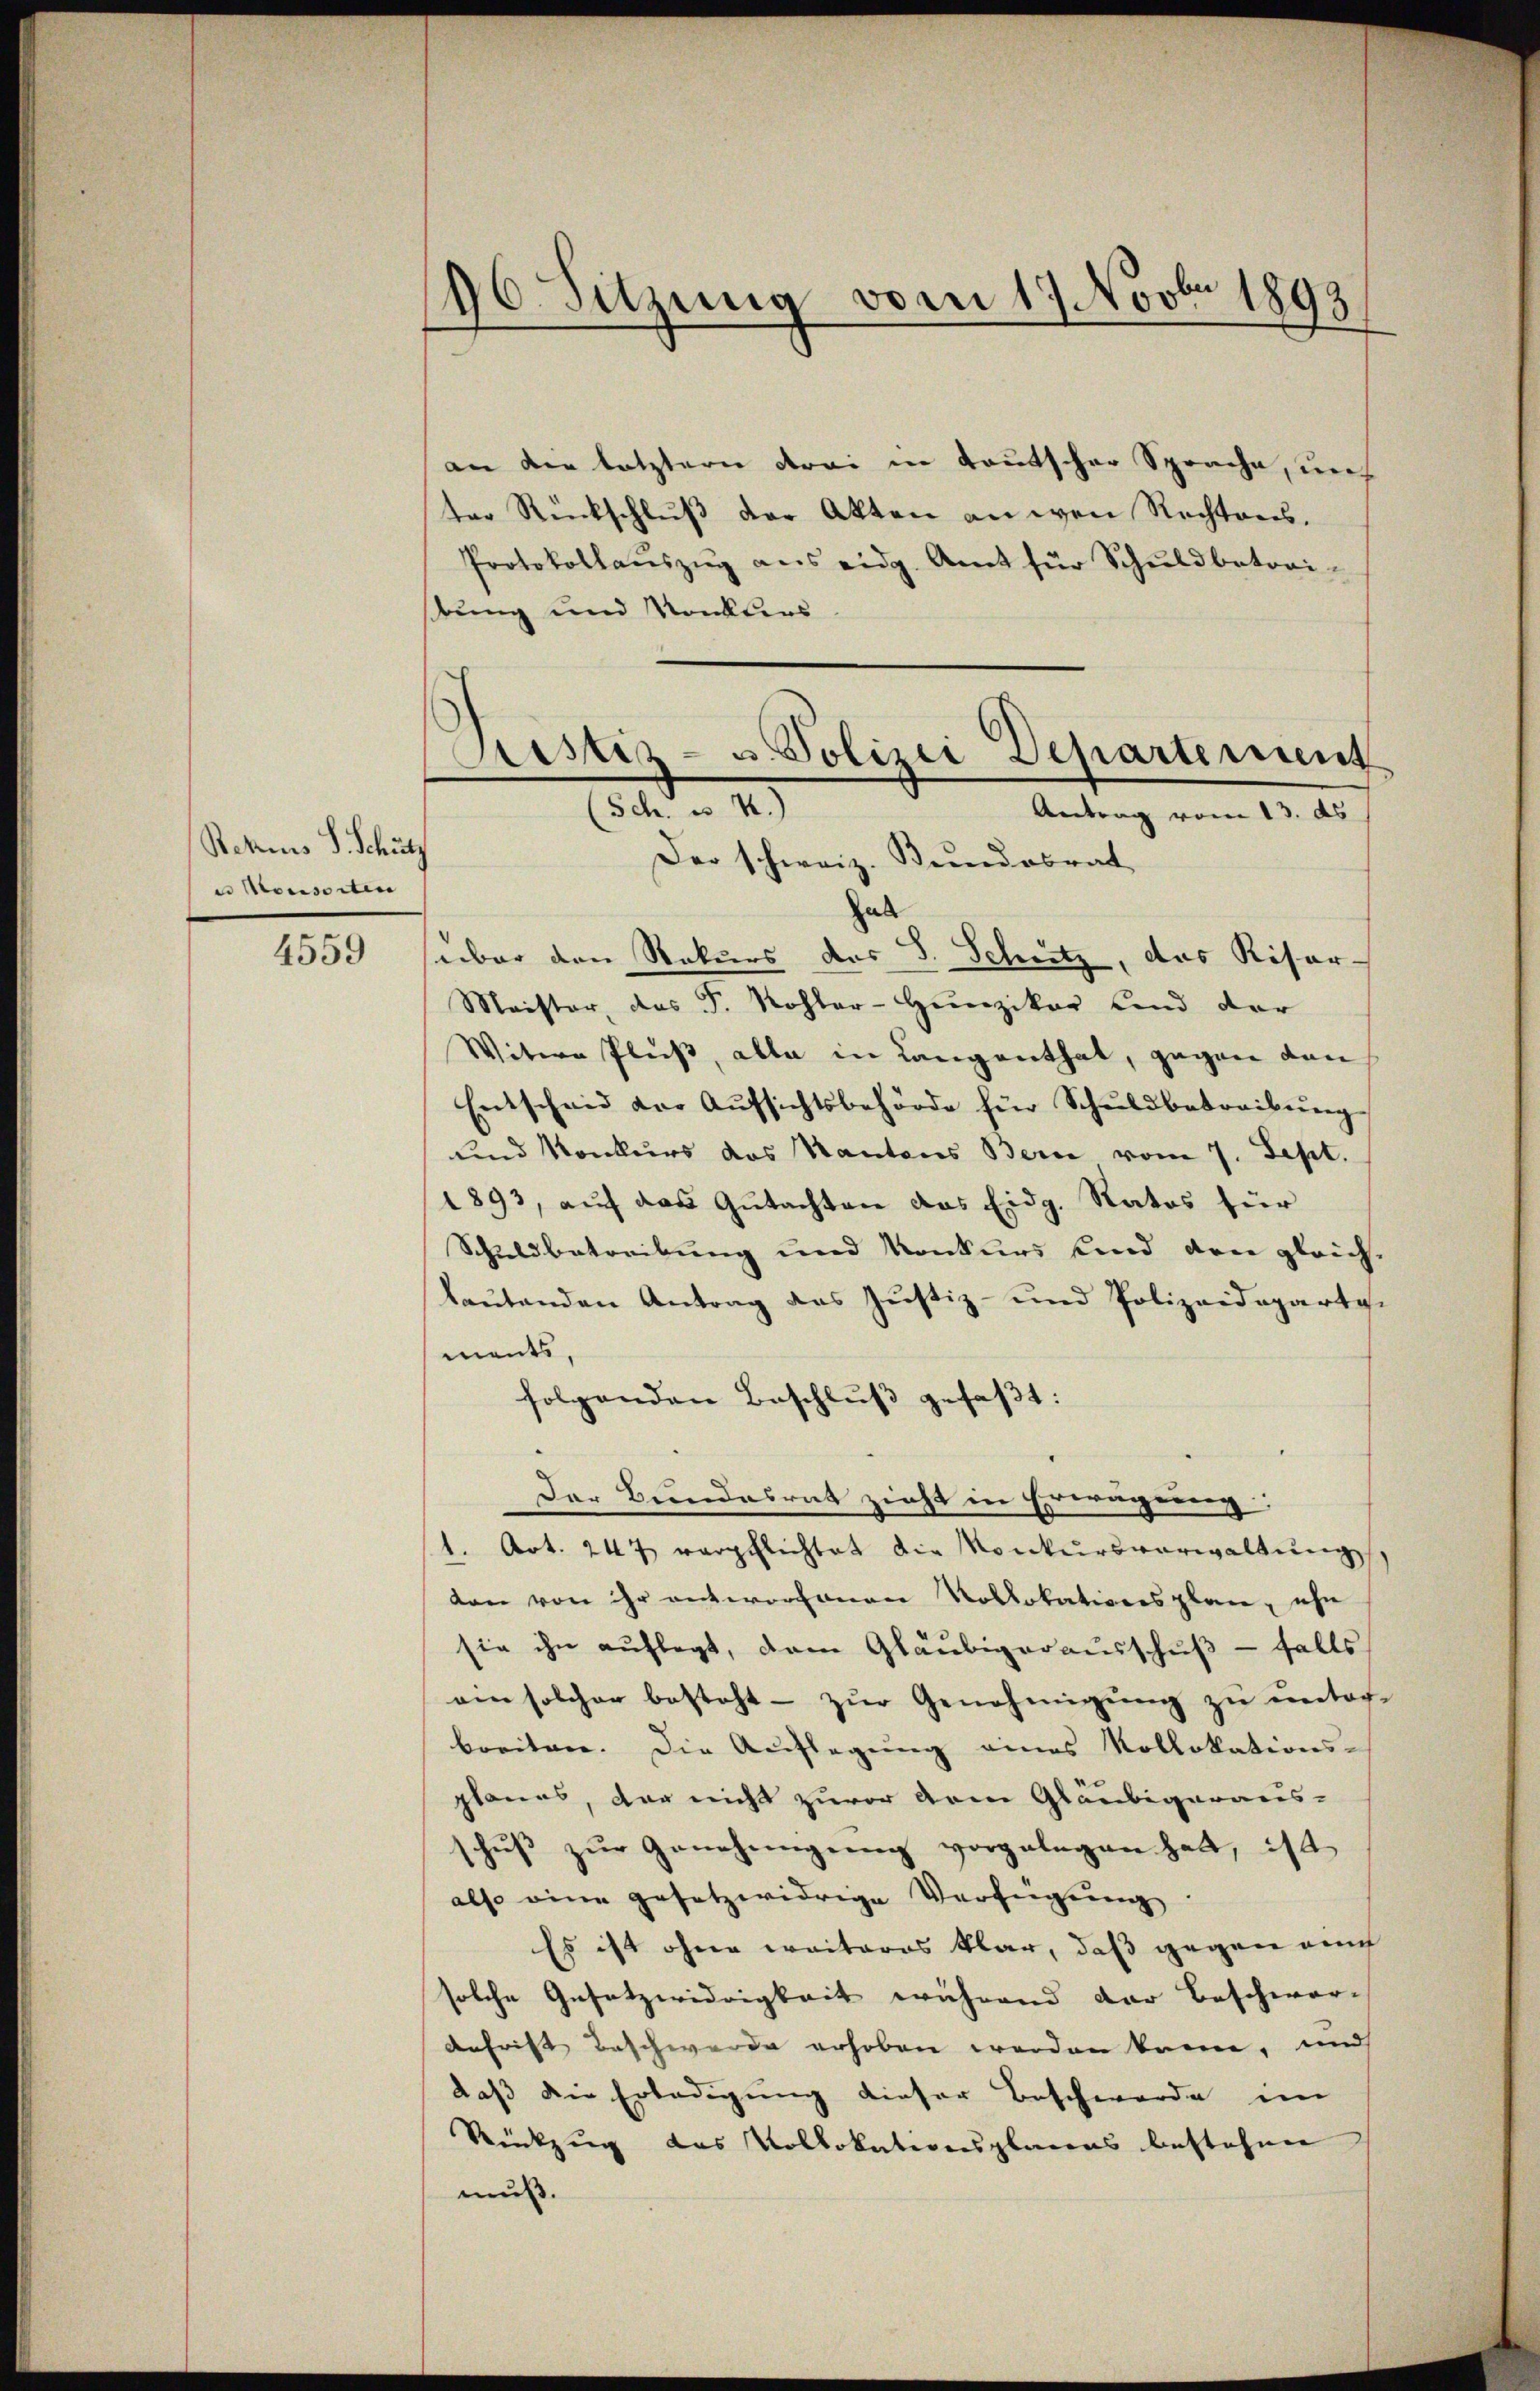
Retzins S. Schutz
u Monsorten

4559

16. Sitzung vom 17. Novbr 1893

an die letztern drei in Gautscher Sprache, und
ter Rückschluß der Akten an wen Rechtens.
Protokollaŭszŭg ans eidg. Amt für Schŭldbetrai-
stung und Konklers
hab
über den Rekurs des S. Schutz, das Riser-
Maister, das J. Kohler-Hunziker Land der
Witwe Pluss, alle in Langenthal, gegen den
Entscheid der Aŭfsichtsbehörde für Schŭldbetreibŭng
und Konkurs das Kantons Bern vom 7. Sept.
1893, auf das Gutachten das Eidg. Ratos für
Schuldbetreibung und Konkurs sind den gleich-
baŭtenden Antrag des Justiz- und Polizeideparte.
ments,
folgenden Beschlŭβ gefaßt:
Der Bundesrat zieht in Erwägung:
1. Art. 247 verpflichtet die Konkursverwaltŭng
von von ihr antwortanen Kollokationsplan, ehe
sie ihn auflegt, dem Gläubigerausschuß - falls
ein solcher besteht - zur Genehmigung zu unter-
breiten. Die Auflegung eines Kollokations-
planes, der nicht zuvor dem Gläubigeraus-
schŭβ zŭr Genehmigŭng vorgelegen hatt, ist
also eine gesetzwidrige Verfügŭng
Es ist ohne weiteres klar, daß gegen auch
solche Gesetzwidrigkeit während der Beschwer-
anfrist Beschwerde erhoben werden kann, und
daß die Erledigung dieser Beschwerde im
Rükzug das Vollokationsplanes bestehen
muß.

Prestiz- u. Polizei Departement
(Sch. es 4.)
Antrag vom 13. ds
Der schweiz. Kundesrat